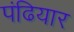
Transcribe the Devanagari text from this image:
पंढियार